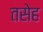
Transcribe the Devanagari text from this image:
तसेह